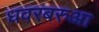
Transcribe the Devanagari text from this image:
धवरबरुआ